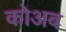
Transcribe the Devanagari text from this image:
कोअब